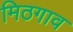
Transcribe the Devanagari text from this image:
मिठगाव